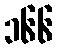
၁၆၆